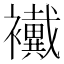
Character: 襶